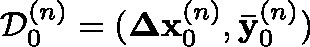
\mathcal { D } _ { 0 } ^ { ( n ) } = ( \mathbf { \Delta x } _ { 0 } ^ { ( n ) } , \mathbf { \bar { y } } _ { 0 } ^ { ( n ) } )